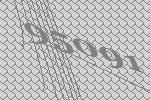
95091